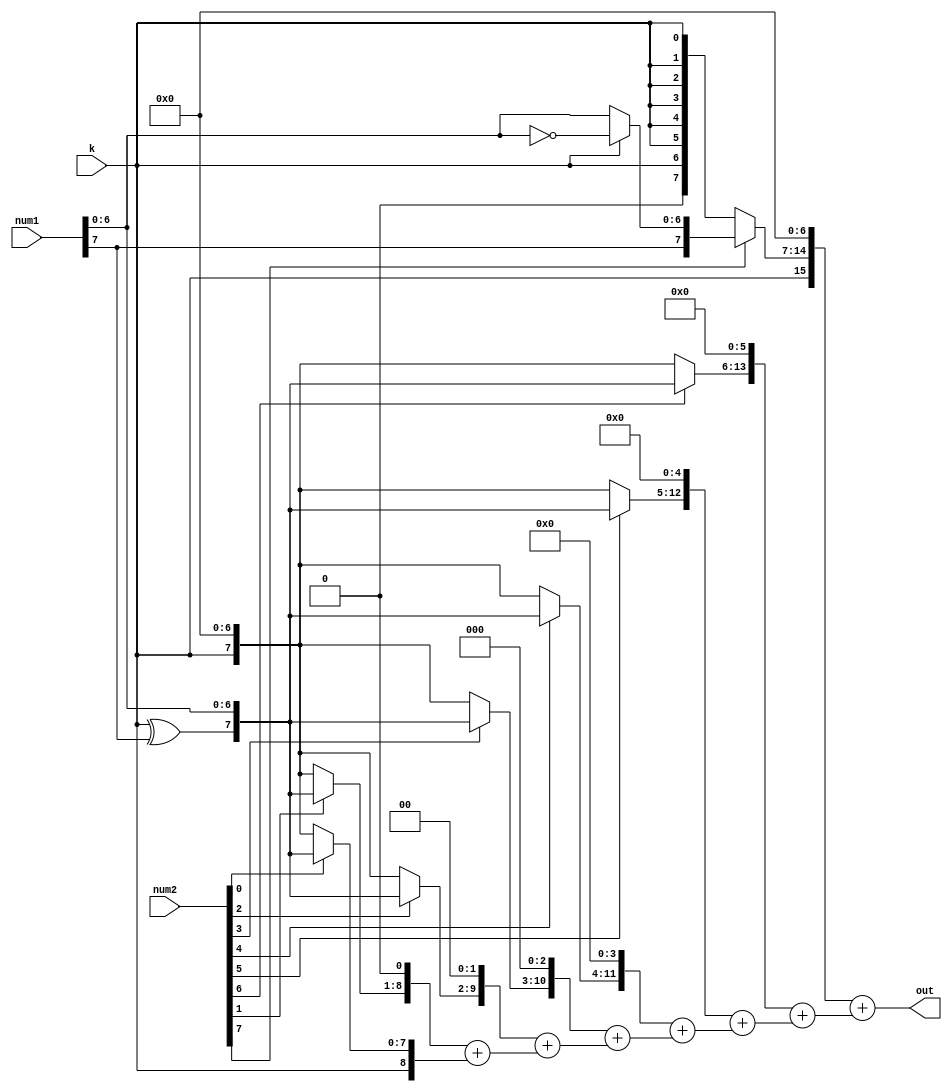
// Benstin Davis EE20B007
// Multiplier Signed and Unsigned
// Baugh-Wooley Multiplier
// ============================



module Array_MUL #(
    parameter N = 8,
    parameter M = 8
) (
    input [N-1:0]num1,
    input [M-1:0]num2,
    input k, // Signed or Unsigned
    output [N+M-1:0]out
);

// Step Involved
// Generate Partial Products
// Baugh-Wooley Logic 
// Shift Partial Products
// Add Partial Products

wire [N+M-1:0]partial_products[M-1:0]; // Partial Product with Shifting
wire [N+M-1:0]partial_products_temp1[M-1:0]; // For extending the numbers to N+M bits
wire [N-1:0]partial_products_temp0[M-1:0]; // Partial Product without Shifting
wire [N+M-1:0]sum[M-1:0]; // Sum of every Partial Product with its previous 
wire [N+M-1:0]partial_product_temp; // For BW Logic 



// Baugh-Wooley Logic : Making Nth bit in first row as k
assign partial_products_temp0[0] = num2[0] ? {k^num1[N-1],num1[N-2:0]}:{k,{(N-1){1'b0}}};
assign partial_products[0] = {{(M-1){1'b0}},k,partial_products_temp0[0]}; 



generate
    genvar i;
    for (i = 1;i < M-1;i=i+1 ) begin: Gen_partial_products
        // Baugh-Wooley Logic : Making MSB to its compliment
        assign partial_products_temp0[i] = num2[i] ? {k^num1[N-1],num1[N-2:0]}:{k,{(N-1){1'b0}}};
        assign partial_products_temp1[i] = {{(M){1'b0}},partial_products_temp0[i]}; 
        assign partial_products[i] = partial_products_temp1[i]<<i;

    end
endgenerate



// Baugh-Wooley Logic : Making Nth bit in last row as k
assign partial_products_temp0[M-1] = num2[M-1] ? {num1[N-1],k ? ~num1[N-2:0] : num1[N-2:0]}:{1'b0,{(N-1){k}}};
assign partial_products_temp1[M-1] = {{(M){1'b0}},partial_products_temp0[M-1]}; 
assign partial_product_temp = partial_products_temp1[M-1]<<M-1;
assign partial_products[M-1] = {k,partial_product_temp[N+M-2:0]};





// Adding the Partial Products
assign sum[0] = partial_products[0];
generate
    genvar j;
    for (j = 1;j<M ;j = j+1 ) begin: Add_partial_products
        assign sum[j] = partial_products[j] + sum[j-1];
    end
endgenerate


assign out = sum[M-1];
endmodule